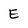
Character: E